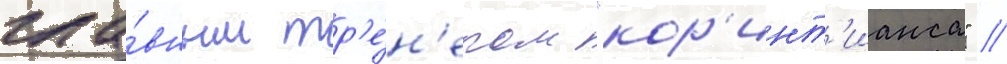
гла́вным тр'е́н'ером "кор'инт'ианса" //